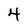
Character: 4